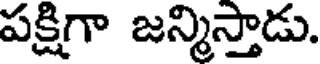
పక్షిగా జన్మిస్తాడు.